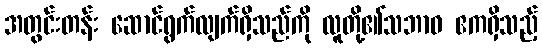
အတွင်းတန်း ဆောင်ရွက်လျက်ရှိသည်ကို လူတို့၏သဘာဝ ဧကရှိသည့်